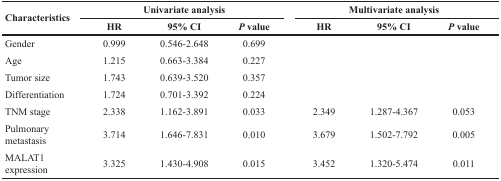
| <ROWSPAN=2> Characteristics | <COLSPAN=3> Univariate analysis | <COLSPAN=3> Multivariate analysis |
 | HR | 95% CI | P value | HR | 95% CI | P value |
 | --- | --- | --- | --- | --- | --- | --- |
 | Gender | 0.999 | 0.546-2.648 | 0.699 |  |  |  |
 | Age | 1.215 | 0.663-3.384 | 0.227 |  |  |  |
 | Tumor size | 1.743 | 0.639-3.520 | 0.357 |  |  |  |
 | Differentiation | 1.724 | 0.701-3.392 | 0.224 |  |  |  |
 | TNM stage | 2.338 | 1.162-3.891 | 0.033 | 2.349 | 1.287-4.367 | 0.053 |
 | Pulmonary metastasis | 3.714 | 1.646-7.831 | 0.010 | 3.679 | 1.502-7.792 | 0.005 |
 | MALAT1 expression | 3.325 | 1.430-4.908 | 0.015 | 3.452 | 1.320-5.474 | 0.011 |